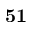
\bf { 5 1 }